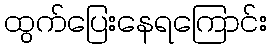
ထွက်ပြေးနေရကြောင်း